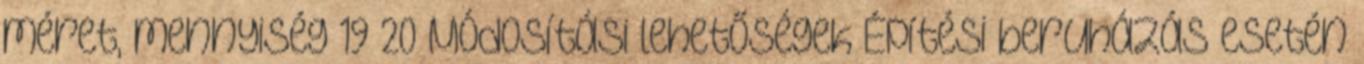
méret, mennyiség 19 20 Módosítási lehetőségek Építési beruházás esetén